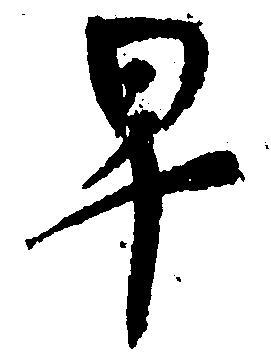
早